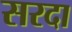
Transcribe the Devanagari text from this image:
सरदा